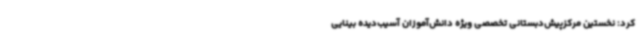
کرد: نخستین مرکزپیش‌دبستانی تخصصی ویژه دانش‌آموزان آسیب‌دیده بینایی